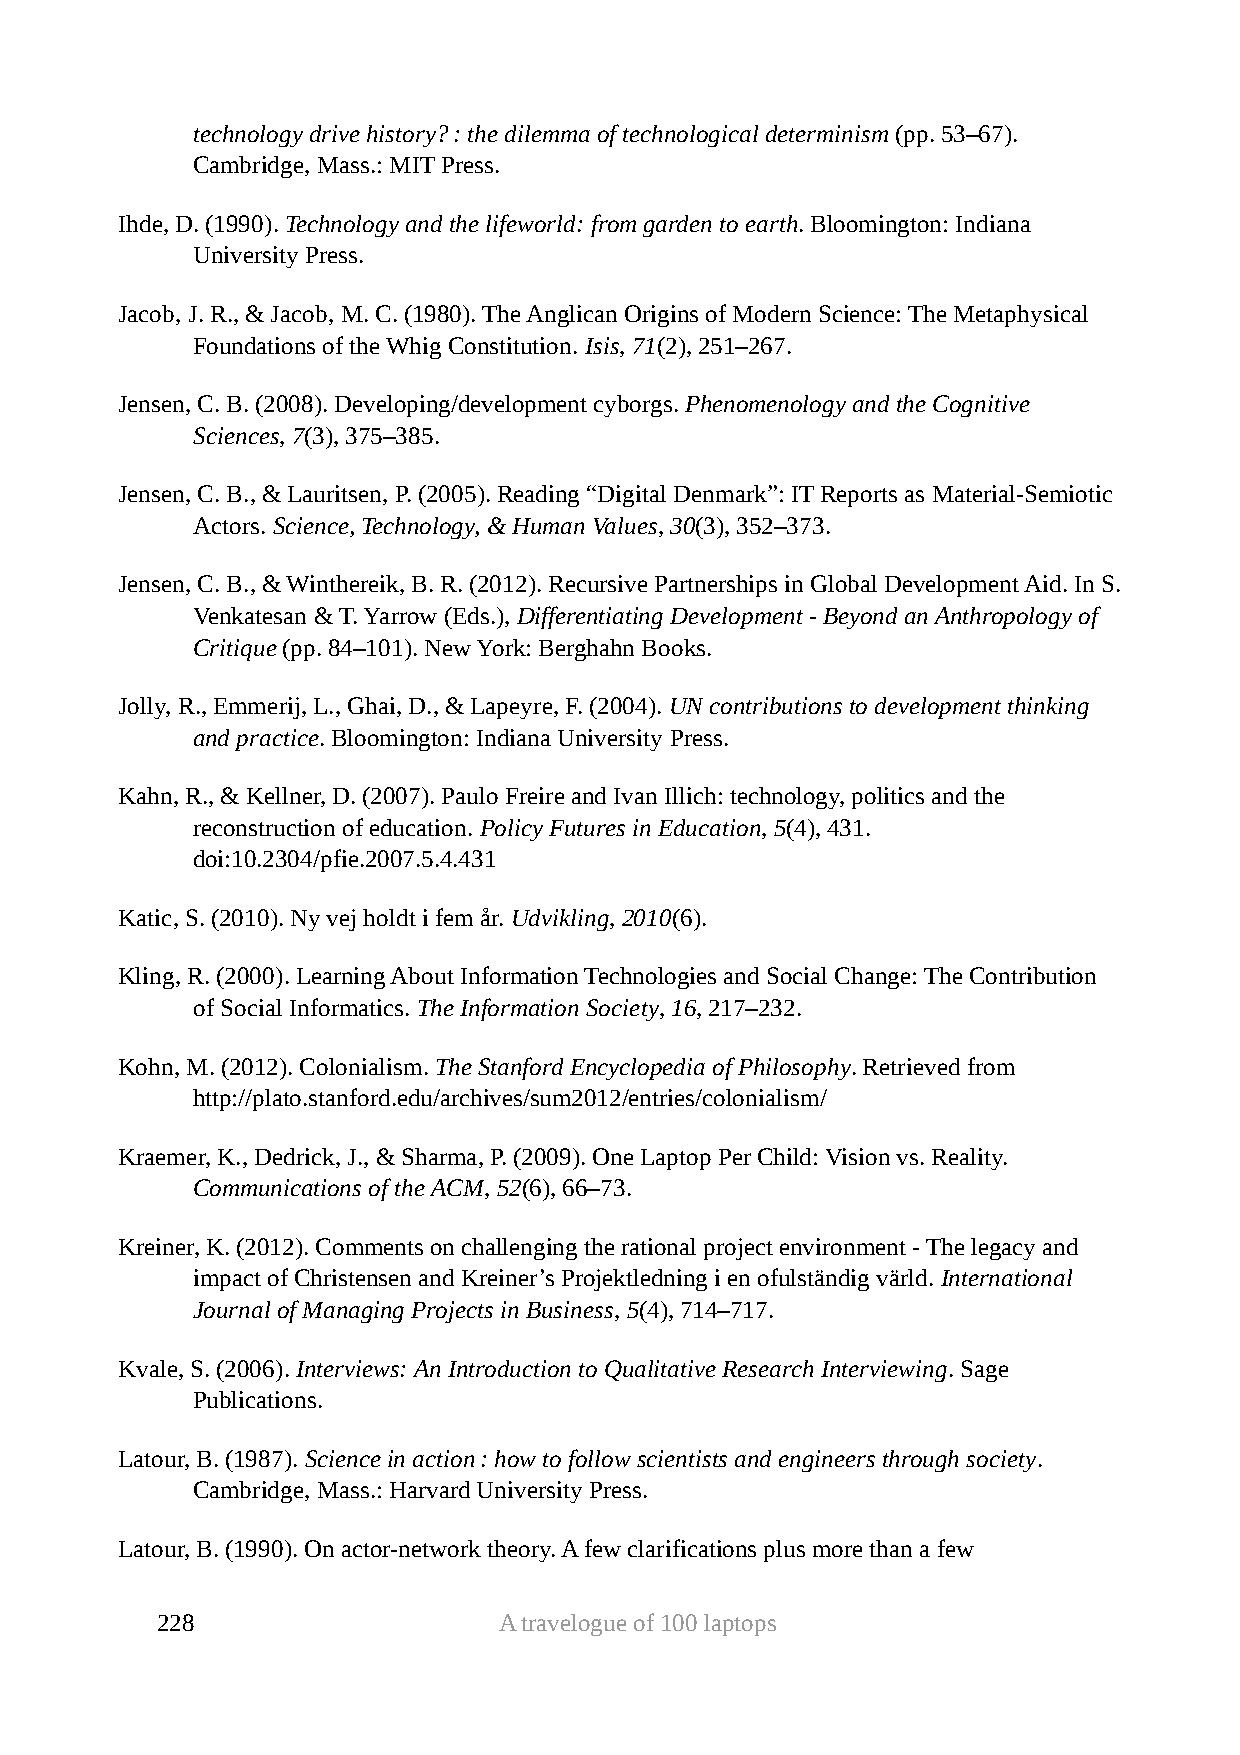
technology drive history? : the dilemma of technological determinism (pp. 53–67).
 Cambridge, Mass.: MIT Press.
 Ihde, D. (1990). Technology and the lifeworld: from garden to earth. Bloomington: Indiana
 University Press.
 Jacob, J. R., & Jacob, M. C. (1980). The Anglican Origins of Modern Science: The Metaphysical
 Foundations of the Whig Constitution. Isis, 71(2), 251–267.
 Jensen, C. B. (2008). Developing/development cyborgs. Phenomenology and the Cognitive
 Sciences, 7(3), 375–385.
 Jensen, C. B., & Lauritsen, P. (2005). Reading “Digital Denmark”: IT Reports as Material-Semiotic
 Actors. Science, Technology, & Human Values, 30(3), 352–373.
 Jensen, C. B., & Winthereik, B. R. (2012). Recursive Partnerships in Global Development Aid. In S.
 Venkatesan & T. Yarrow (Eds.), Differentiating Development - Beyond an Anthropology of
 Critique (pp. 84–101). New York: Berghahn Books.
 Jolly, R., Emmerij, L., Ghai, D., & Lapeyre, F. (2004). UN contributions to development thinking
 and practice. Bloomington: Indiana University Press.
 Kahn, R., & Kellner, D. (2007). Paulo Freire and Ivan Illich: technology, politics and the
 reconstruction of education. Policy Futures in Education, 5(4), 431.
 doi:10.2304/pfie.2007.5.4.431
 Katic, S. (2010). Ny vej holdt i fem år. Udvikling, 2010(6).
 Kling, R. (2000). Learning About Information Technologies and Social Change: The Contribution
 of Social Informatics. The Information Society, 16, 217–232.
 Kohn, M. (2012). Colonialism. The Stanford Encyclopedia of Philosophy. Retrieved from
 http://plato.stanford.edu/archives/sum2012/entries/colonialism/
 Kraemer, K., Dedrick, J., & Sharma, P. (2009). One Laptop Per Child: Vision vs. Reality.
 Communications of the ACM, 52(6), 66–73.
 Kreiner, K. (2012). Comments on challenging the rational project environment - The legacy and
 impact of Christensen and Kreiner’s Projektledning i en ofulständig värld. International
 Journal of Managing Projects in Business, 5(4), 714–717.
 Kvale, S. (2006). Interviews: An Introduction to Qualitative Research Interviewing. Sage
 Publications.
 Latour, B. (1987). Science in action : how to follow scientists and engineers through society.
 Cambridge, Mass.: Harvard University Press.
 Latour, B. (1990). On actor-network theory. A few clarifications plus more than a few
 228                    A travelogue of 100 laptops